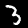
Digit: 3